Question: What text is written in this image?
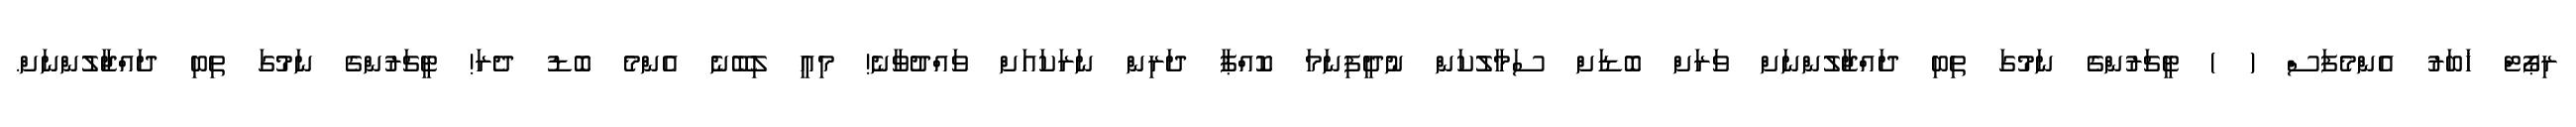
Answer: ރިޕޯޓް ޚަބަރު އެންމެފަސް ( ) ޓީޗަރުންގެ ނަމުގަ ތިބި ދައްޖާލުންނަށް ވަރަށް ބޮޑަށް ސަމާލުކަން ނުދީފިނަމަ ކޮއްޕާ ދަރިން ނަރަކައަށް ވައްދުވާނެ! މިއީ ލިބޭނެ އެންމެ ބޮޑު ދެރަ! ޓީޗަރުންގެ ނަމުގަ ތިބި ދައްޖާލުންނަށް.